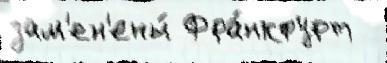
зам'ен'ены́ Фра́нкфурт